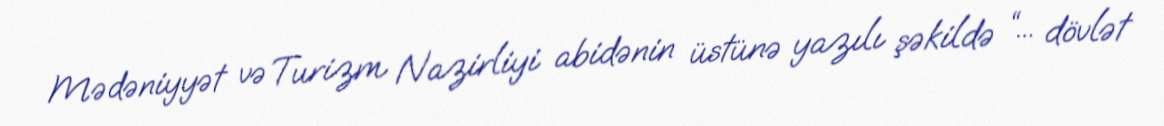
Mədəniyyət və Turizm Nazirliyi abidənin üstünə yazılı şəkildə “... dövlət